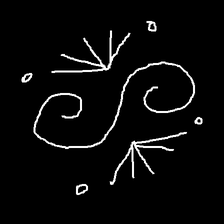
Glyph: aeroform